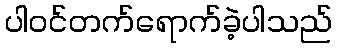
ပါဝင်တက်ရောက်ခဲ့ပါသည်